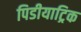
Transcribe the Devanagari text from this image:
पिडीयाट्रिक